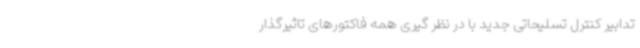
تدابیر کنترل تسلیحاتی جدید با در نظر گیری همه فاکتورهای تاثیرگذار